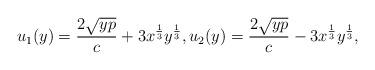
LaTeX: \begin{align*}u_1(y) = \frac{2 \sqrt{y p}}{c} + 3 x^{\frac{1}{3}} y^{\frac{1}{3}}, u_2(y) = \frac{2 \sqrt{y p}}{c} - 3 x^{\frac{1}{3}} y^{\frac{1}{3}},\end{align*}